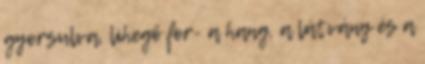
gyorsulva, lihegő for- a hang, a látvány és a